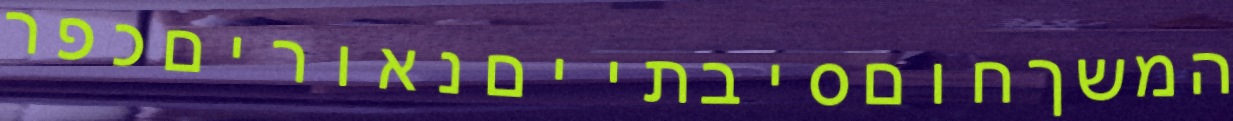
המשךחוםסיבתייםנאוריםכפר